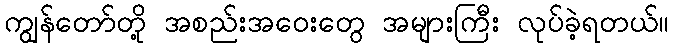
ကျွန်တော်တို့ အစည်းအဝေးတွေ အများကြီး လုပ်ခဲ့ရတယ်။